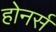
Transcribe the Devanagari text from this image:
होनर्स